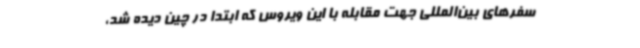
سفرهای بین‌المللی جهت مقابله با این ویروس که ابتدا در چین دیده شد،